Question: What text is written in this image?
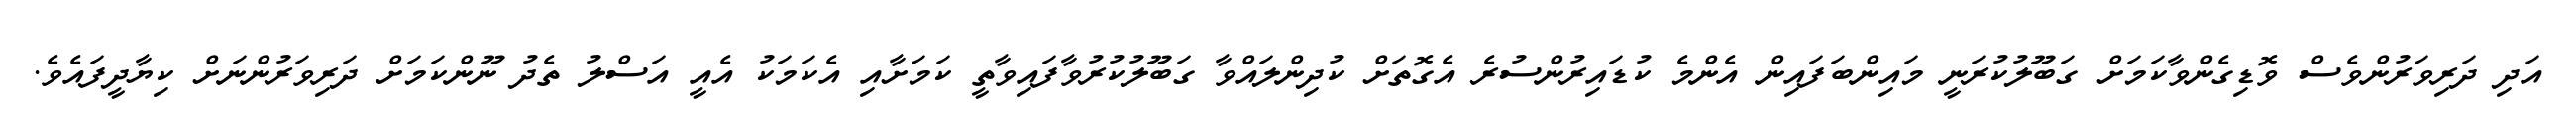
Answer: އަދި ދަރިވަރުންވެސް ވޮޑިގެންވާކަމަށް ގަބޫލުކުރަނީ މައިންބަފައިން އެންމެ ކުޑައިރުންސުރެ އެގޮތަށް ކުދިންލައްވާ ގަބޫލުކުރުވާފައިވާތީ ކަމަށާއި އެކަމަކު އެއީ އަސްލު ތެދު ނޫންކަމަށް ދަރިވަރުންނަށް ކިޔާދީފައެވެ.